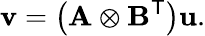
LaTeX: \mathbf{v}=\left(\mathbf{A}\otimes\mathbf{B}^{\textsf{T}}\right)\mathbf{u}.